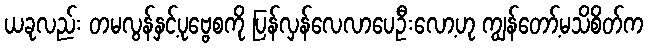
ယခုလည်း တမလွန်နှင့်ပုဗ္ဗေစကို ပြန်လှန်လေလာပေဦးလော့ဟု ကျွန်တော့်မသိစိတ်က